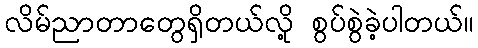
လိမ်ညာတာတွေရှိတယ်လို့ စွပ်စွဲခဲ့ပါတယ်။